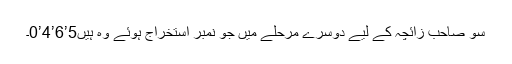
سو صاحب زائچہ کے لیے دوسرے مرحلے میں جو نمبر استخراج ہوئے وہ ہیں5’6’4’0۔